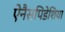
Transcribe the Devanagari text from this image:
ऐनैसपिडेशिया